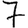
Digit: 7